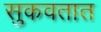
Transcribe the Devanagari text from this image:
सुकवतात